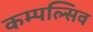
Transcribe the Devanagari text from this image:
कम्पल्सिव